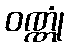
ဝဏ္ဏုံ